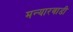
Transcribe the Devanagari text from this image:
मन्यारवाडी